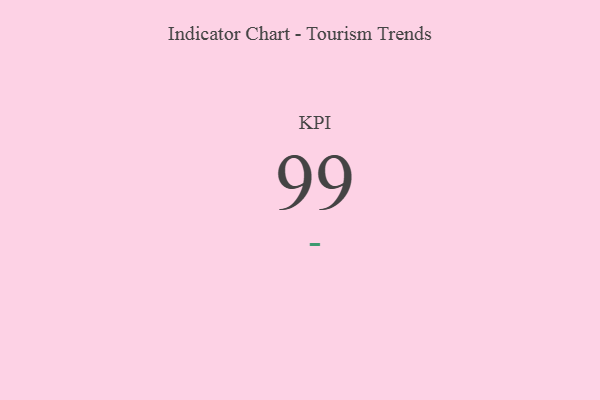
{"axis": {"x": "KPI", "y": "Value"}, "legend": [""], "data": [{"x": "KPI", "y": 99, "type": ""}]}